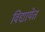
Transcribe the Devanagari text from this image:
विद्यायेत